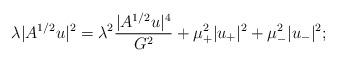
LaTeX: \begin{align*}\lambda |A^{1/2}u|^2=\lambda^2\frac{|A^{1/2}u|^4}{G^2}+\mu_{+}^2|u_{+}|^2+\mu_{-}^2|u_{-}|^2;\end{align*}